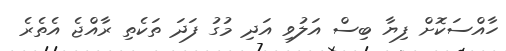
ހާއްސަކޮށް ފިޔާ ބިސް އަލުވި އަދި މުގު ފަދަ ތަކެތި ރާއްޖެ އެތެރެ